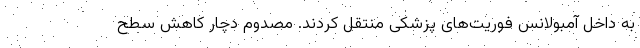
به داخل آمبولانس فوریت‌های پزشکی منتقل کردند. مصدوم دچار کاهش سطح